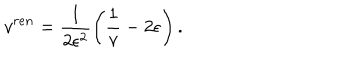
v ^ { r e n } = \frac { 1 } { 2 \epsilon ^ { 2 } } \left( \frac { 1 } { v } - 2 \epsilon \right) .